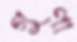
গুণা